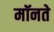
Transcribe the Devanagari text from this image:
मॉनते